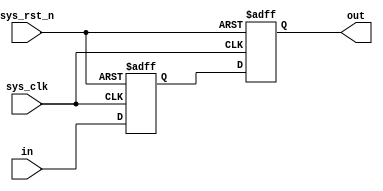
module  blocking
(
    input   wire             sys_clk     ,
    input   wire             sys_rst_n   ,
    input   wire     [1:0]   in           ,
    
    output  reg      [1:0]   out

);

reg   [1:0]  in_reg  ;

always@(posedge sys_clk or negedge  sys_rst_n)
    if(sys_rst_n == 1'b0)
        begin
            in_reg <= 2'b0;
            out    <= 2'b0;
        end
    else
        begin
            in_reg <= in;
            out    <= in_reg;
        end
endmodule